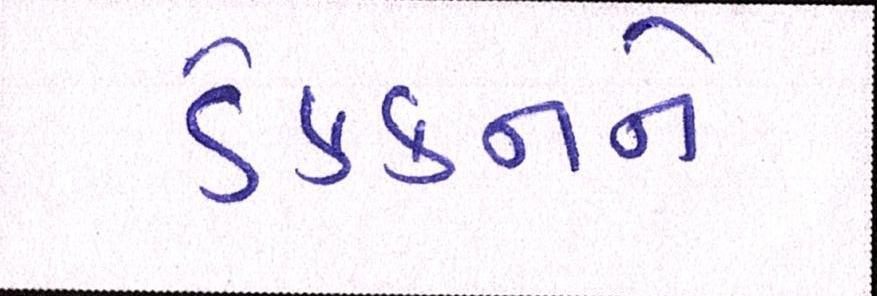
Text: ડેક્કનને